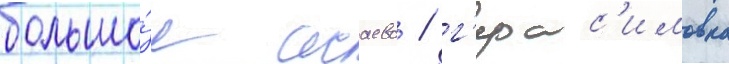
большо́е исаево / г'ерас'имовка